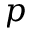
p